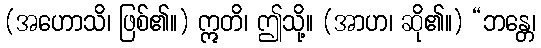
(အဟောသိ၊ ဖြစ်၏။) ဣတိ၊ ဤသို့။ (အာဟ၊ ဆို၏။) “ဘန္တေ၊